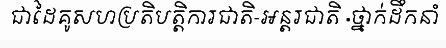
ជាដៃគូសហប្រតិបត្តិការជាតិ-អន្តរជាតិ ·ថ្នាក់ដឹកនាំ